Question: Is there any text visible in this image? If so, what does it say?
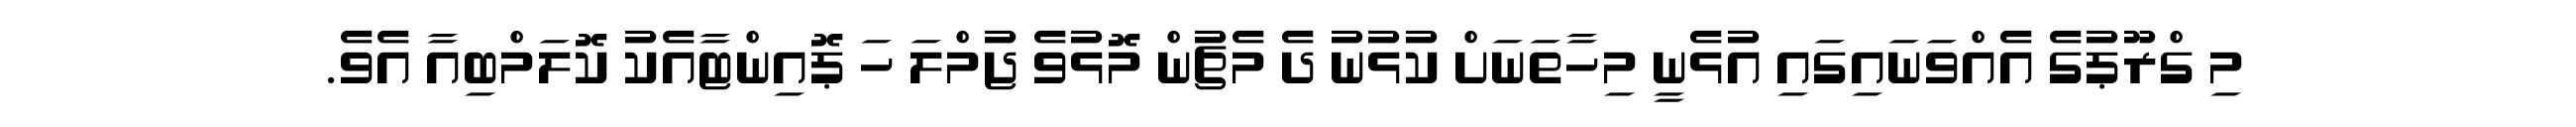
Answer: މި ގްރޫޕުގެ އެއްވަނައިގައި އުޅެނީ މިހާތަނަށް ކުޅުނު ދެ މެޗުން މޮޅުވެ ޖުމްލަ ހަ ޕޮއިންޓާއެކު ކޮލަމްބިއާ އެވެ.